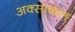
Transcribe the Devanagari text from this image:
अक्साकल